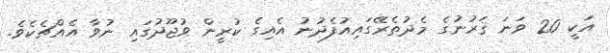
އަކީ 20 ވަނަ ޤަރުނުގެ މެދުތެރޭގައިއުފެދުނު އެއިގެ ކުރީން ވުޖޫދުގައި ނުވާ އެއްޗެކެވެ.